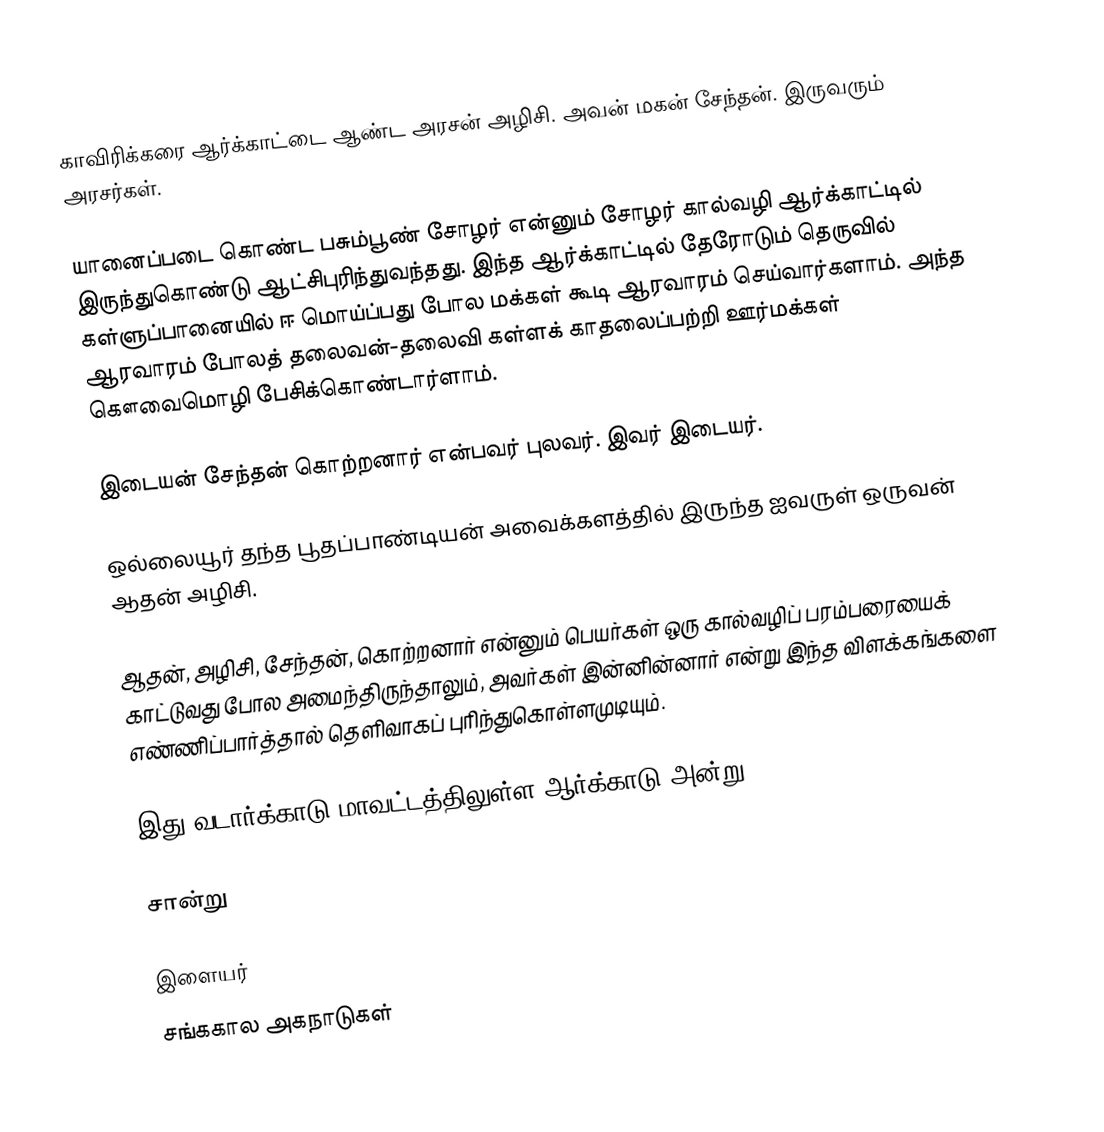
காவிரிக்கரை ஆர்க்காட்டை ஆண்ட அரசன் அழிசி. அவன் மகன் சேந்தன். இருவரும் அரசர்கள்.

யானைப்படை கொண்ட பசும்பூண் சோழர் என்னும் சோழர் கால்வழி ஆர்க்காட்டில் இருந்துகொண்டு ஆட்சிபுரிந்துவந்தது. இந்த ஆர்க்காட்டில் தேரோடும் தெருவில் கள்ளுப்பானையில் ஈ மொய்ப்பது போல மக்கள் கூடி ஆரவாரம் செய்வார்களாம். அந்த ஆரவாரம் போலத் தலைவன்-தலைவி கள்ளக் காதலைப்பற்றி ஊர்மக்கள் கௌவைமொழி பேசிக்கொண்டார்ளாம்.

இடையன் சேந்தன் கொற்றனார் என்பவர் புலவர். இவர் இடையர்.

ஒல்லையூர் தந்த பூதப்பாண்டியன் அவைக்களத்தில் இருந்த ஐவருள் ஒருவன் ஆதன் அழிசி.

ஆதன், அழிசி, சேந்தன், கொற்றனார் என்னும் பெயர்கள் ஒரு கால்வழிப் பரம்பரையைக் காட்டுவது போல அமைந்திருந்தாலும், அவர்கள் இன்னின்னார் என்று இந்த விளக்கங்களை எண்ணிப்பார்த்தால் தெளிவாகப் புரிந்துகொள்ளமுடியும்.

இது வடார்க்காடு மாவட்டத்திலுள்ள ஆர்க்காடு அன்று.

சான்று

இளையர்
சங்ககால அகநாடுகள்